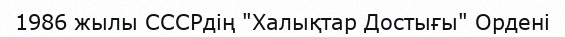
1986 жылы СССРдің "Халықтар Достығы" Ордені